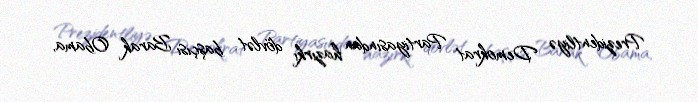
Prezidentliyə Demokrat Partiyasından hazırkı dövlət başçısı Barak Obama,